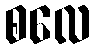
စလေ